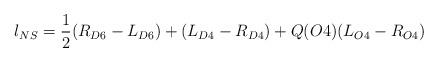
LaTeX: \begin{align*}l_{NS} = \frac{1}{2} (R_{D6} - L_{D6}) + (L_{D4} - R_{D4})+ Q(O4)(L_{O4} - R_{O4})\end{align*}